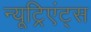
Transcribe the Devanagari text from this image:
न्यूट्रिएंट्स